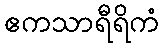
ဧကသာရီရိကံ